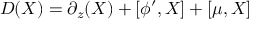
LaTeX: D ( X ) = \partial _ { z } ( X ) + [ \phi ^ { \prime } , X ] + [ \mu , X ] \nonumber